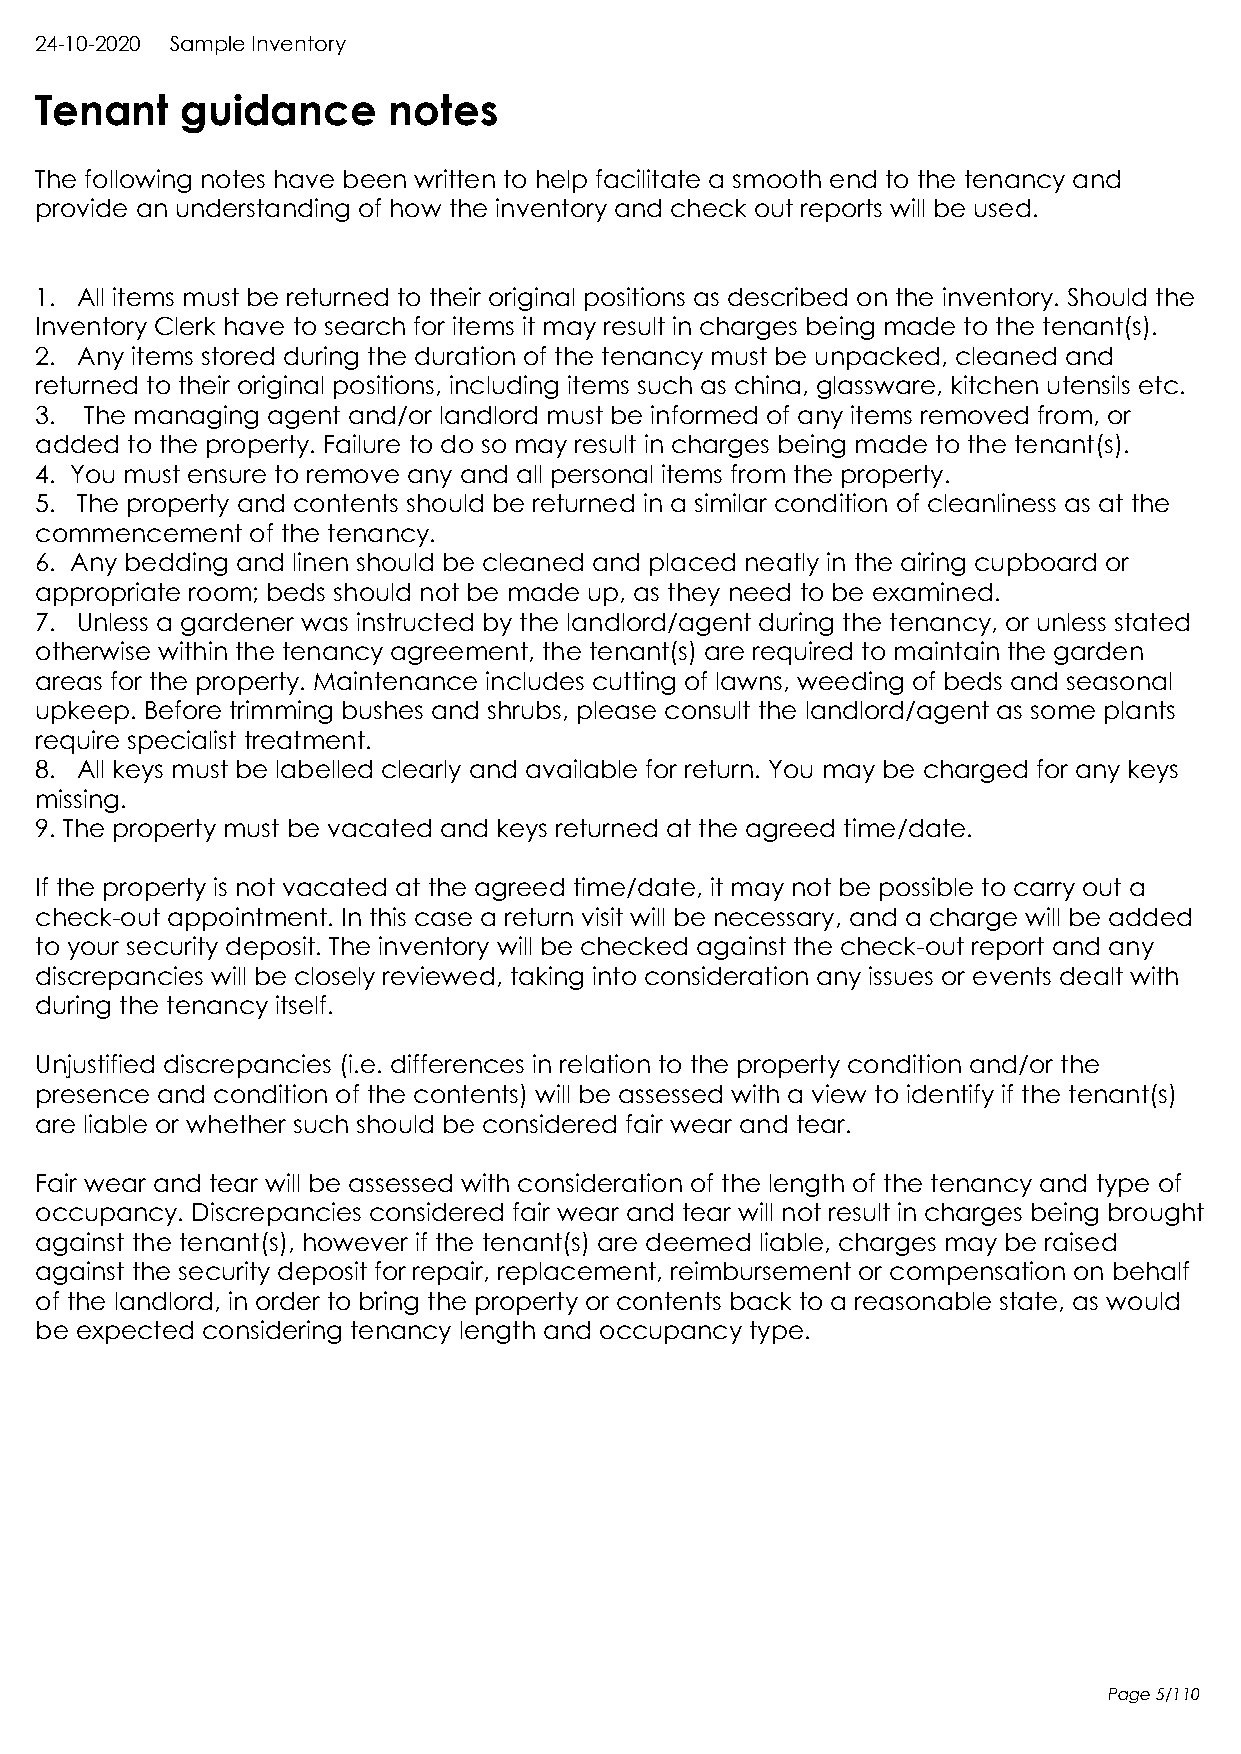
24-10-2020 Sample Inventory
 Tenant    guidance      notes
 The following notes have been written to help facilitate a smooth end to the tenancy and
 provide an understanding of how the inventory and check out reports will be used.
 1. All items must be returned to their original positions as described on the inventory. Should the
 Inventory Clerk have to search for items it may result in charges being made to the tenant(s).
 2. Any items stored during the duration of the tenancy must be unpacked, cleaned and
 returned to their original positions, including items such as china, glassware, kitchen utensils etc.
 3.  The managing agent and/or landlord must be informed of any items removed from, or
 added to the property. Failure to do so may result in charges being made to the tenant(s).
 4. You must ensure to remove any and all personal items from the property.
 5. The property and contents should be returned in a similar condition of cleanliness as at the
 commencement  of the tenancy.
 6. Any bedding and linen should be cleaned and placed neatly in the airing cupboard or
 appropriate room; beds should not be made up, as they need to be examined.
 7. Unless a gardener was instructed by the landlord/agent during the tenancy, or unless stated
 otherwise within the tenancy agreement, the tenant(s) are required to maintain the garden
 areas for the property. Maintenance includes cutting of lawns, weeding of beds and seasonal
 upkeep. Before trimming bushes and shrubs, please consult the landlord/agent as some plants
 require specialist treatment.
 8. All keys must be labelled clearly and available for return. You may be charged for any keys
 missing.
 9. The property must be vacated and keys returned at the agreed time/date.
 If the property is not vacated at the agreed time/date, it may not be possible to carry out a
 check-out appointment. In this case a return visit will be necessary, and a charge will be added
 to your security deposit. The inventory will be checked against the check-out report and any
 discrepancies will be closely reviewed, taking into consideration any issues or events dealt with
 during the tenancy itself.
 Unjustified discrepancies (i.e. differences in relation to the property condition and/or the
 presence and condition of the contents) will be assessed with a view to identify if the tenant(s)
 are liable or whether such should be considered fair wear and tear.
 Fair wear and tear will be assessed with consideration of the length of the tenancy and type of
 occupancy. Discrepancies considered fair wear and tear will not result in charges being brought
 against the tenant(s), however if the tenant(s) are deemed liable, charges may be raised
 against the security deposit for repair, replacement, reimbursement or compensation on behalf
 of the landlord, in order to bring the property or contents back to a reasonable state, as would
 be expected considering tenancy length and occupancy type.
 Page 5/110